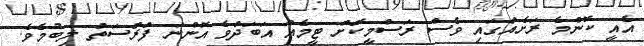
އެއީ ކޮންމެ ރަށެއްގައި ވެސް ރަސްމީކޮށް ޓީމެއް އަބަދުވެ އޮންނަ ފުރުސަތު ލިބުމެވެ.